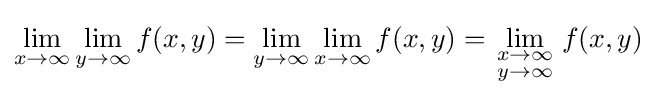
\lim _{x\to \infty }\lim _{y\to \infty }f(x,y)=\lim _{y\to \infty }\lim _{x\to \infty }f(x,y)=\lim _{\begin{smallmatrix}x\to \infty \\y\to \infty \end{smallmatrix}}f(x,y)